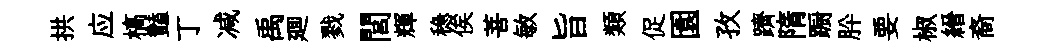
拱应槁豔丁减禹廽戮閭輝稳俟菩敏旨類促園孜躋隋蹰肸要椒縉裔